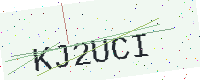
Text: KJ2UCI